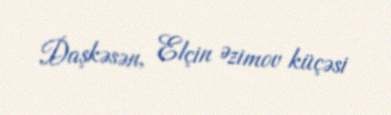
Daşkəsən, Elçin Əzimov küçəsi